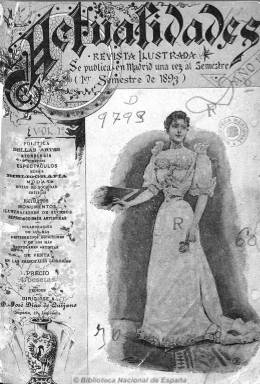
Título: Actualidades (Madrid. 1893)
Colección: Semanarios de amenidades
Ámbito geográfico: Madrid
Lugar de publicación: Madrid
Fechas: 01/01/1893-31/01/1894

Esta revista de periodicidad semestral y que no hay que confundir con otras del mismo título tenía un propósito original: funcionar como un archivo que recogiese ‘todo lo bueno’ que se había publicado en los seis meses anteriores en los periódicos o en las revistas ilustradas, tratado este contenido por los mejores escritores y artistas.

En su primer número da una pincelada de lo que se proponía publicar preferentemente: ‘La biografía y el retrato del personaje; el libro de autor célebre, la corrida de emociones, el canto popular más en boga, el cuadro ponderado, el edificio nuevo, la moda reinante, la comedia aplaudida, el invento útil, la recepción suntuosa, la crisis política…’

Ciertamente, sus artículos se refieren por un lado a la situación política del momento extensamente resumida y comentada y, por otro, a noticias de música, espectáculos, moda, notas de sociedad, etc. acompañados de ilustraciones de grabado y fotografía. De hecho, fue ésta una de las primeras publicaciones españolas en hacer uso corriente del fotograbado, que empezó a desarrollarse en la prensa española en la última década del siglo XIX.

  Aunque con un concepto distinto, esta publicación se encuadra dentro del género de revista ilustrada que desde los años de 1850 tanto se prodigó en España a partir de los modelos de The Illustrated London News (1842) y L’Illustration (1843).

  Era editada en la Imprenta de la Revista de Navegación y Comercio y su primer número tuvo buena acogida. Se agotó y se hizo una nueva tirada. No obstante, el interés por la publicación fue efímero y sólo se publicaron dos números más. Cada una de las tres entregas que salieron a la luz tiene un gran número de páginas. La última de ellas más de 400. Lógicamente, esto encarecía el precio y disuadía a los posibles lectores, que iban a encontrar un contenido que había sido ya abordado en otras publicaciones.

  La revista tiene sin embargo gran valor para el estudio historiográfico, dado que se encuentran en ella sintetizados los más importantes asuntos del año 1893 y de la primera mitad de 1894. Así, en la segunda entrega se puede leer un buen resumen de los llamados sucesos de Melilla, o guerra de Melilla, con textos apoyados de gran acompañamiento gráfico.

[Descripción publicada el 17/08/2022]